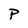
Character: P